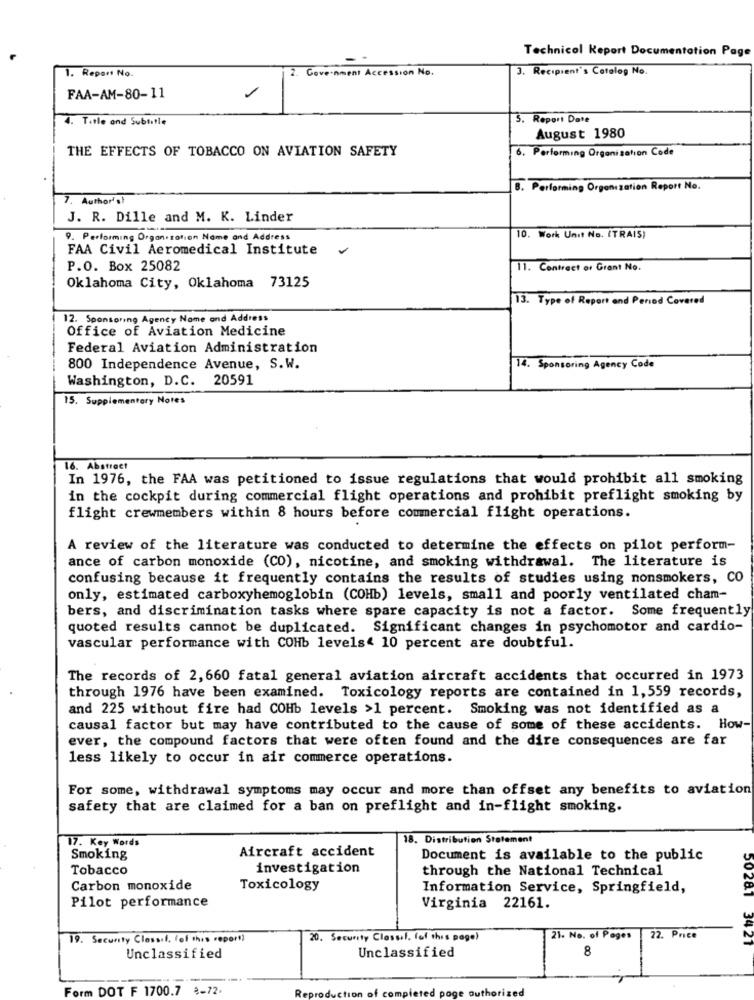
Technical Report Documentation Page
2. Government Accession No.
3. Recipient's Catalog No.
1. Repart No.
-
FAA-AM-80-11
4. Title and Subtitle
5. Report Date
August 1980
THE EFFECTS OF TOBACCO ON AVIATION SAFETY
6. Performing Organisation Code
8. Performing Organization Report No.
7. Author's?
J. R. Dille and M. K. Linder
9. Performing Organization Name and Address
10. Work Unit No. (TRAIS)
FAA Civil Aeromedical Institute
P.O. Box 25082
11. Contract or Grant No.
Oklahoma City, Oklahoma 73125
13. Type of Report and Period Covered
12. Sponsoring Agency Name and Address
Office of Aviation Medicine
Federal Aviation Administration
800 Independence Avenue, S.W.
14. Sponsoring Agency Code
Washington, D.C. 20591
15. Supplementary Notes
16. Abstract
In 1976, the FAA was petitioned to issue regulations that would prohibit all smoking
in the cockpit during commercial flight operations and prohibit preflight smoking by
flight crewmembers within 8 hours before commercial flight operations.
A review of the literature was conducted to determine the effects on pilot perform-
ance of carbon monoxide (CO), nicotine, and smoking withdrawal. The literature is
confusing because it frequently contains the results of studies using nonsmokers, CO
only, estimated carboxyhemoglobin (COHb) levels, small and poorly ventilated cham-
bers, and discrimination tasks where spare capacity is not a factor. Some frequently
quoted results cannot be duplicated. Significant changes in psychomotor and cardio-
vascular performance with COHb levels< 10 percent are doubtful.
The records of 2, 660 fatal general aviation aircraft accidents that occurred in 1973
through 1976 have been examined. Toxicology reports are contained in 1,559 records,
and 225 without fire had COHb levels >1 percent. Smoking was not identified as a
causal factor but may have contributed to the cause of some of these accidents. How-
ever, the compound factors that were often found and the dire consequences are far
less likely to occur in air commerce operations.
For some, withdrawal symptoms may occur and more than offset any benefits to aviation
safety that are claimed for a ban on preflight and in-flight smoking.
17. Key Words
18. Distribution Statement
Aircraft accident
Smoking
Document is available to the public
Tobacco
investigation
through the National Technical
Carbon monoxide
Toxicology
Information Service, Springfield,
Pilot performance
Virginia 22161.
19. Security Classif, fof this report)
20. Security Closul, fof this page)
21. No. of Pages
22. Price
Unclassified
8
50281 3421
Unclassified
Form DOT F 1700.7 %-72.
tion
ted page authorized
Reprod